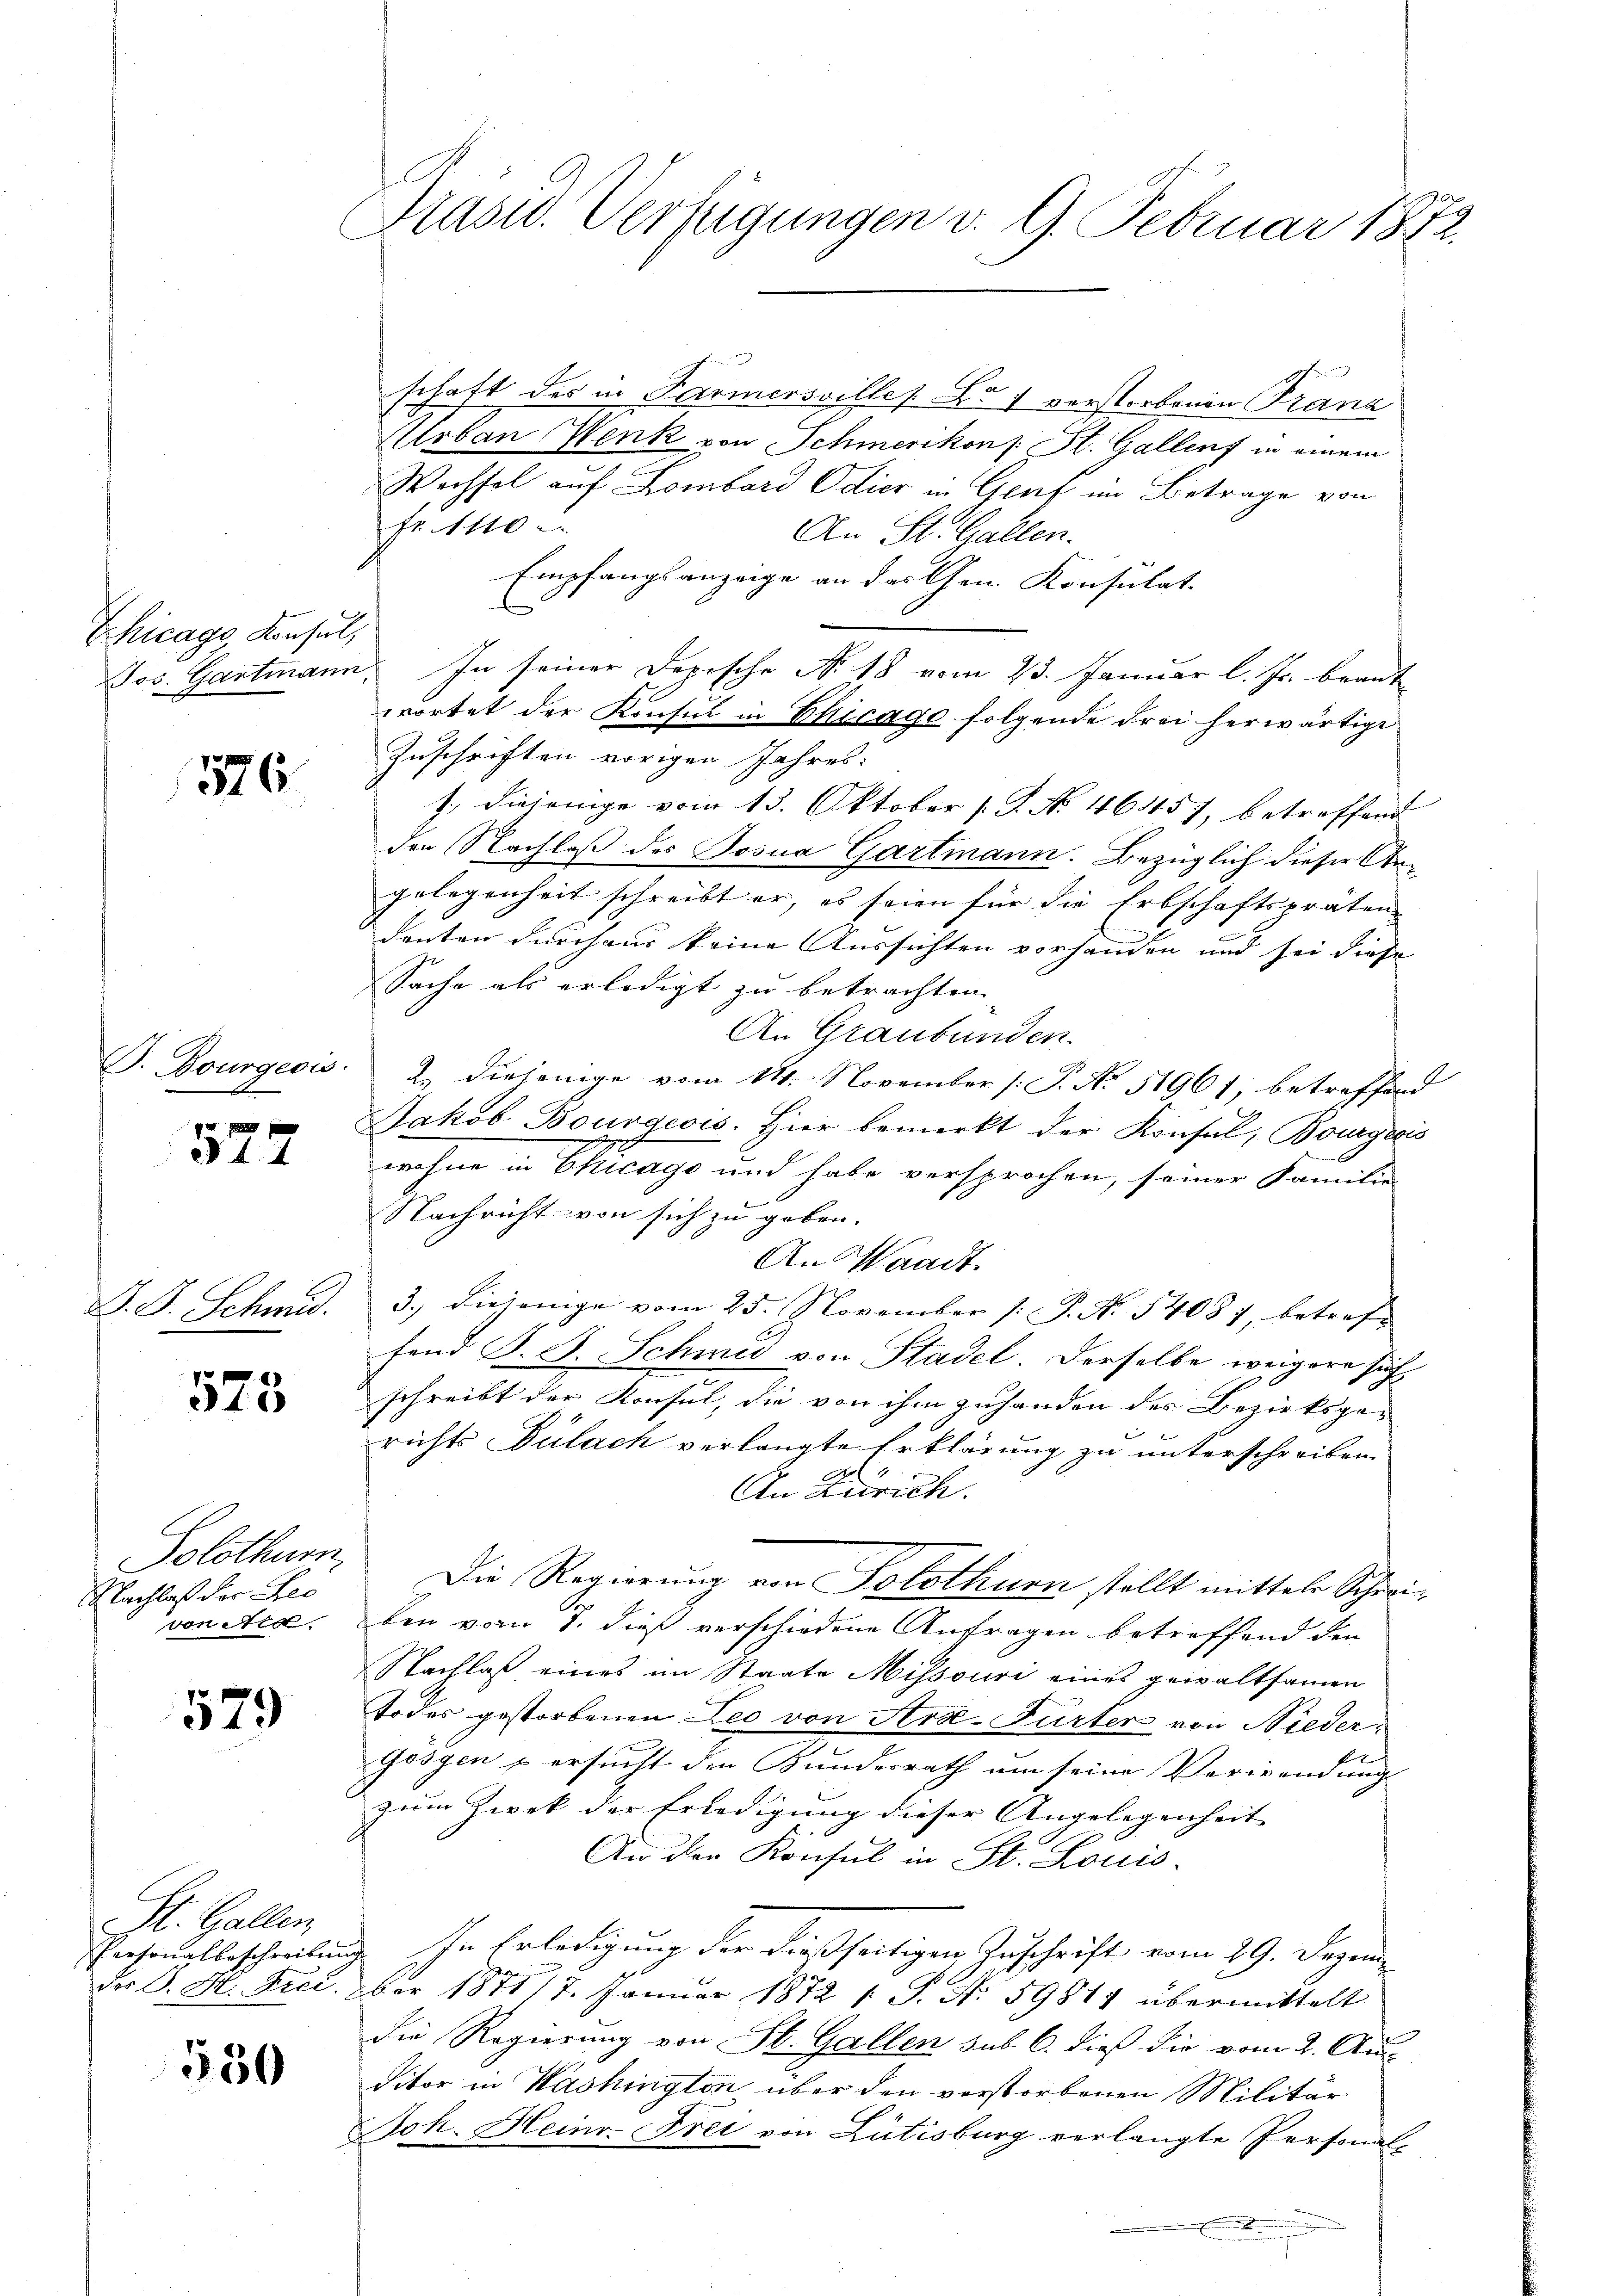
Schicago Konsul,

576

P. Bourgeois.

522

F. J. Schmid.

573

Solothur,
Nachlaß der Beo
von den

579

St. Gallen
Personalbeschreiben
Der J. H. Frei

530

Präsid. Verfügungen v. 9. Februar 1872.

schaft des in Farmersvilles B. vorsterbenen Franz
Urban Wenk von Schmerikon s. St. Gallenz in einem
Wechsel auf Lombard Odier in Genf im Betrage von
Fr. 1110.
An St. Gallen.
Empfangsanzeige an das Gem. Konsulat
Jos. Gartmann. In seiner Depische No. 18 vom 23. Januar l. Js. beant-
wortet der Konsul in Chicago folgende drei herwärtige
Zuschriften vorigen Jahres:
1. Diejenige vom 13. Oktober P. No. 46457, betreffend
den Nachlaß des Josua Gartmann. Bezüglich dieser Argelegenheit schreibt er, es seien für die Erbschaftspräten
denten durchaus keine Aussichten vorhanden und sei diese
Sache als erledigt zu betrachten.
An Graubünden.

2.) Diejenige vom 14. November /: J. No. 51961; betreffend
Jakob Bourgeois. Hier bemerkt der Konsul, Bourgeois
wohne in Chicago und habe versprochen, seiner Familie
Nachricht von sich zu geben.
An Waadt.
3.) Diejenige vom 25. November (: P. Nr. 54087, betreffend S. B. Schmid von Stadel. Derselbe weigere such
schreibt der Konsul, die von ihm zuhanden des Bezirksgerichts Bülach verlangte Erklärung zu unterschreiben
s
An Zürich.
Die Regierung von Solothurn stellt mittels Schreiben vom 1. dieß verschiedene Anfragen betreffend den
Nachlaß eines im Staate Missouri eines gewaltsamen
Todes gestorbenen Leo von Arse-Furter von Niedergossen & ersucht den Bundesrath am seine Verwendung
zum Zwek der Erledigung dieser Angelegenheit |
An der Konsul in St. Louis-
 In Erledigung der dießseitigen Zuschrift vom 29. Dezem
ber 1872/7. Januar 1872 /: P. Nr. 59811 übermittelt
die Regierung von St. Gallen sub 6. dieß die vom 2. Aus
ditor in Washingten über den verstorbenen Militär
Joh. Heinr. Frei von Lütisburg verlangte Personal
.